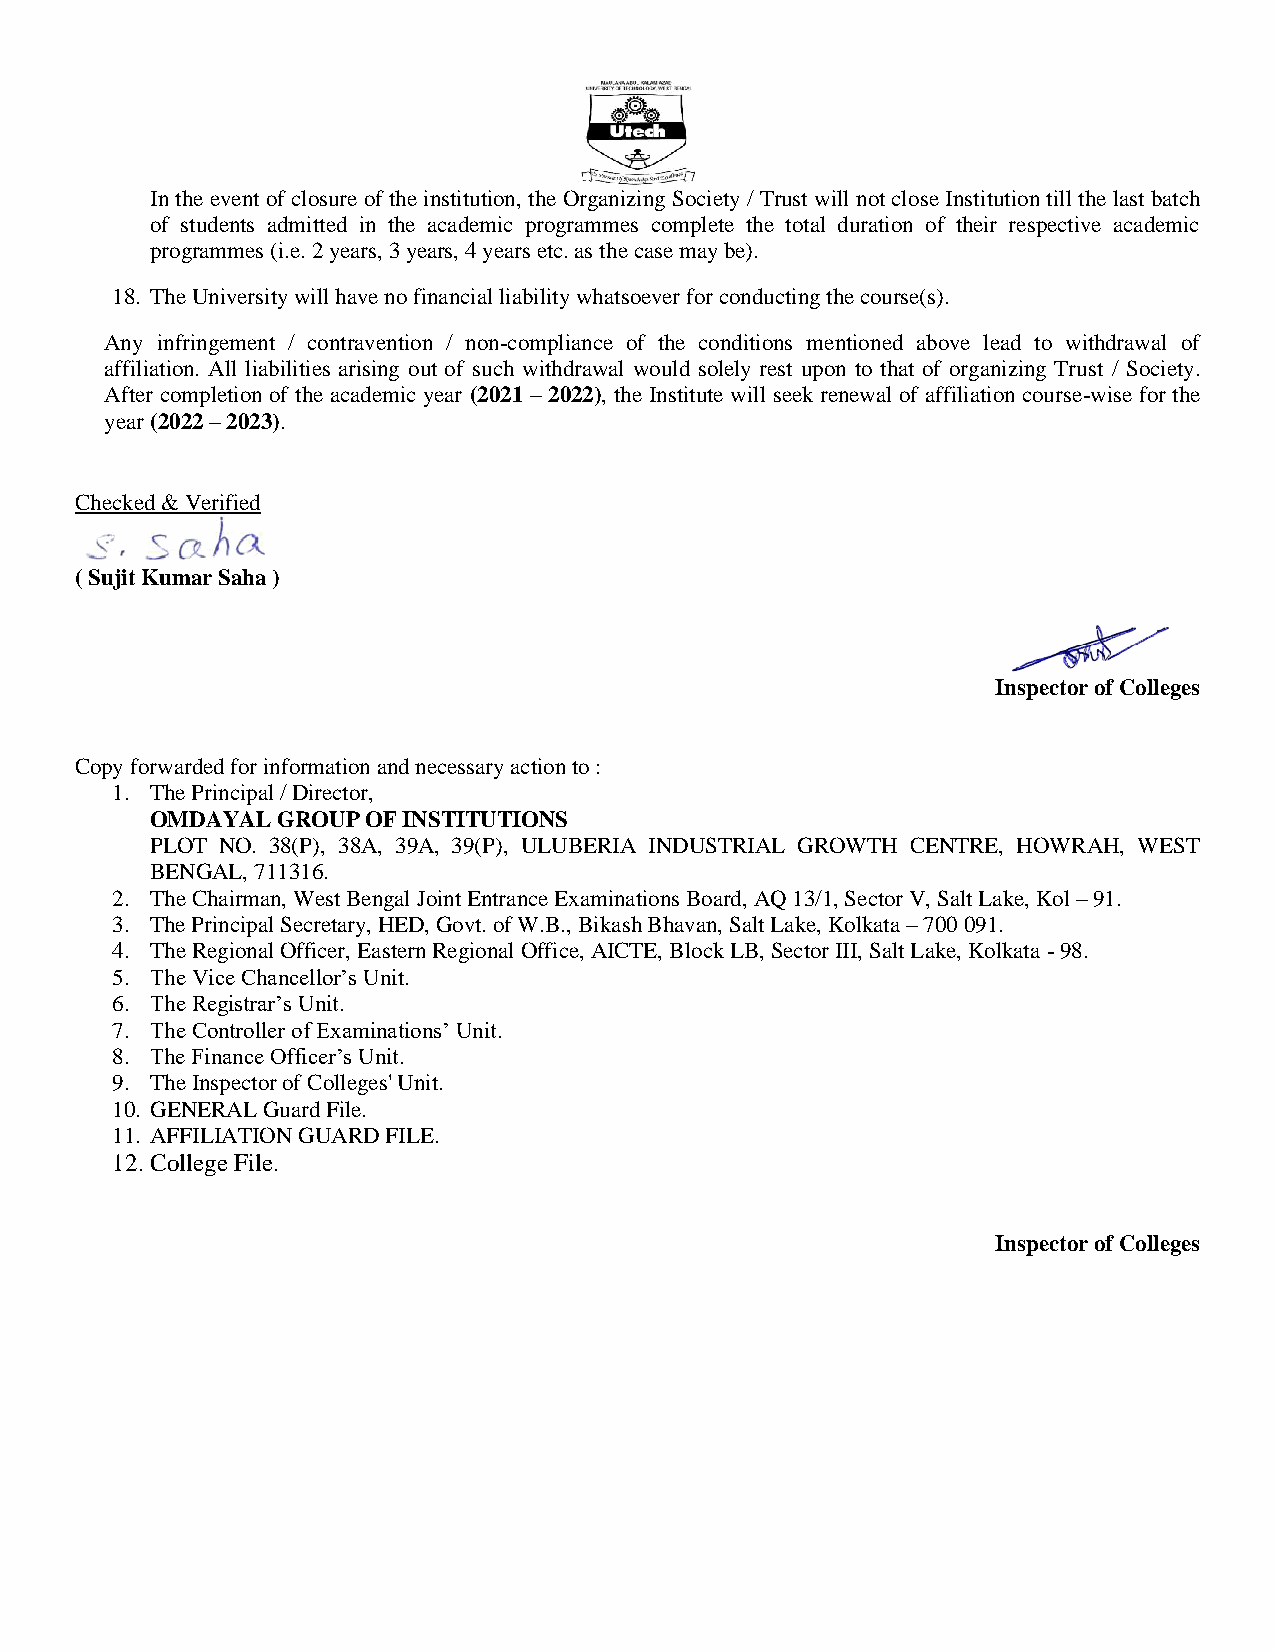
In the event of closure of the institution, the Organizing Society / Trust will not close Institution till the last batch
 of students admitted in the academic programmes complete the total duration of their respective academic
 programmes (i.e. 2 years, 3 years, 4 years etc. as the case may be).
 18. The University will have no financial liability whatsoever for conducting the course(s).
 Any infringement / contravention / non-compliance of the conditions mentioned above lead to withdrawal of
 affiliation. All liabilities arising out of such withdrawal would solely rest upon to that of organizing Trust / Society.
 After completion of the academic year (2021 – 2022), the Institute will seek renewal of affiliation course-wise for the
 year (2022 – 2023).
 Checked & Verified
 ( Sujit Kumar Saha )
 Inspector of Colleges
 Copy forwarded for information and necessary action to :
 1. The Principal / Director,
 OMDAYAL GROUP OF INSTITUTIONS
 PLOT NO. 38(P), 38A, 39A, 39(P), ULUBERIA INDUSTRIAL GROWTH CENTRE, HOWRAH, WEST
 BENGAL, 711316.
 2. The Chairman, West Bengal Joint Entrance Examinations Board, AQ 13/1, Sector V, Salt Lake, Kol – 91.
 3. The Principal Secretary, HED, Govt. of W.B., Bikash Bhavan, Salt Lake, Kolkata – 700 091.
 4. The Regional Officer, Eastern Regional Office, AICTE, Block LB, Sector III, Salt Lake, Kolkata - 98.
 5. The Vice Chancellor’s Unit.
 6. The Registrar’s Unit.
 7. The Controller of Examinations’ Unit.
 8. The Finance Officer’s Unit.
 9. The Inspector of Colleges' Unit.
 10. GENERAL Guard File.
 11. AFFILIATION GUARD FILE.
 12. College File.
 Inspector of Colleges